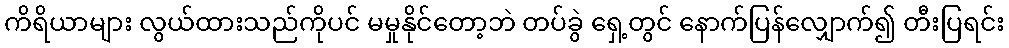
ကိရိယာများ လွယ်ထားသည်ကိုပင် မမှုနိုင်တော့ဘဲ တပ်ခွဲ ရှေ့တွင် နောက်ပြန်လျှောက်၍ တီးပြရင်း